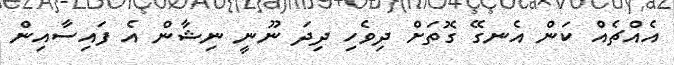
އެއްޗެއް ކަން އެނގޭ ގޮތަށް ދިވެހި ދިދަ ނޫނީ ނިޝާން އެ ފައިސާއިން